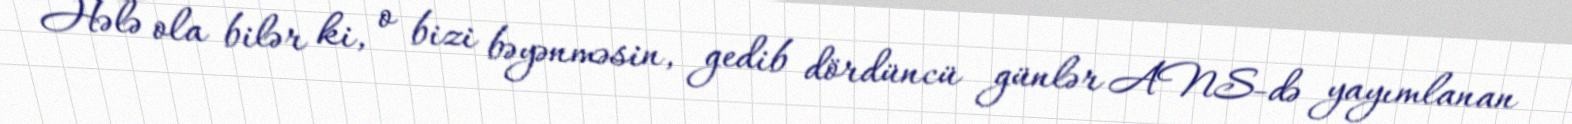
Hələ ola bilər ki, o bizi bəyənməsin, gedib dördüncü günlər ANS-də yayımlanan